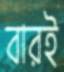
বারই